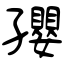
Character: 孾